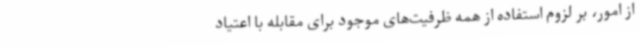
از امور، بر لزوم استفاده از همه ظرفیت‌های موجود برای مقابله با اعتیاد